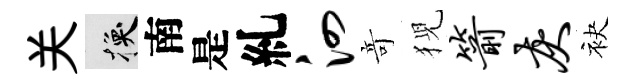
关换南是糺泗竒猊箭灰袂